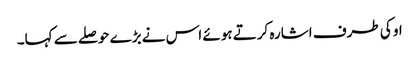
او کی طرف اشارہ کرتے ہوئے اس نے بڑے حوصلے سے کہا۔